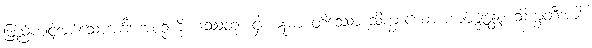
ဖြည့်ကျင့်အပ်သောအင်္ဂါ အစဉ်ကို။ ဒဿတုံ၊ ငှါ။ ဣမာ တိဿော သိက္ခာယော အာဝဇ္ဇန္တော သိက္ခတီအာဒိံ၊